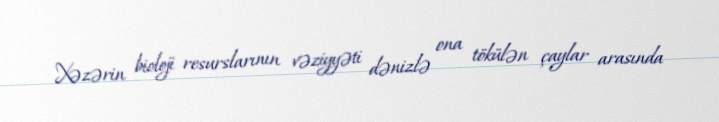
Xəzərin bioloji resurslarının vəziyyəti dənizlə ona tökülən çaylar arasında